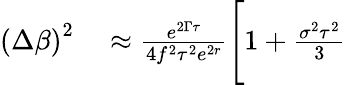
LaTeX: \begin{array}{rl}{\left(\Delta\beta\right)^{2}}&{{}\approx\frac{e^{2\Gamma\tau}}{4f^{2}\tau^{2}e^{2r}}\Bigg[1+\frac{\sigma^{2}\tau^{2}}{3}}\end{array}